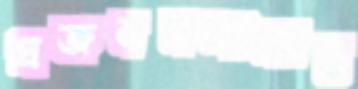
প্রজননসংক্রান্ত